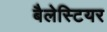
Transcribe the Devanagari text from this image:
बैलेस्टियर